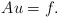
\begin{align*}Au=f.\end{align*}